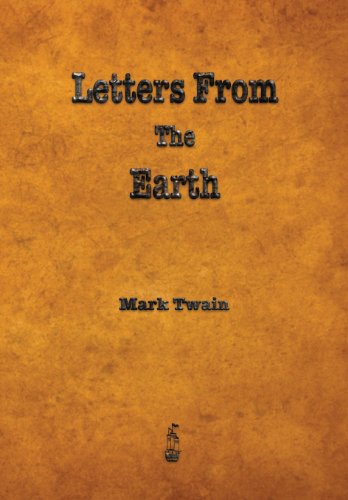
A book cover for Letters from the Earth; Mark Twain; Literature & Fiction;